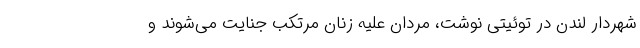
شهردار لندن در توئیتی نوشت، مردان علیه زنان مرتکب جنایت می‌شوند و